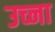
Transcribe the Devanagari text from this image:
उच्ना